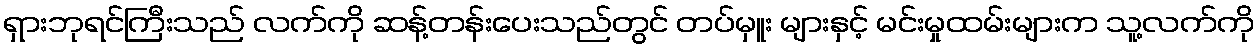
ရှားဘုရင်ကြီးသည် လက်ကို ဆန့်တန်းပေးသည်တွင် တပ်မှူး များနှင့် မင်းမှုထမ်းများက သူ့လက်ကို